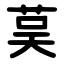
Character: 茣